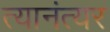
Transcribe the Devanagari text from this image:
त्यानंत्यर